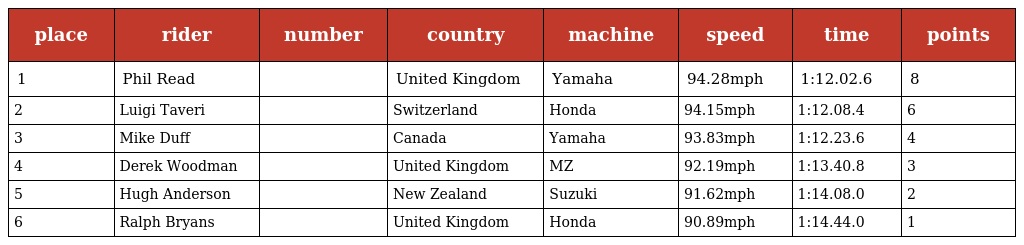
| place | rider | number | country | machine | speed | time | points |
 | --- | --- | --- | --- | --- | --- | --- | --- |
 | 1 | Phil Read |  | United Kingdom | Yamaha | 94.28mph | 1:12.02.6 | 8 |
 | 2 | Luigi Taveri |  | Switzerland | Honda | 94.15mph | 1:12.08.4 | 6 |
 | 3 | Mike Duff |  | Canada | Yamaha | 93.83mph | 1:12.23.6 | 4 |
 | 4 | Derek Woodman |  | United Kingdom | MZ | 92.19mph | 1:13.40.8 | 3 |
 | 5 | Hugh Anderson |  | New Zealand | Suzuki | 91.62mph | 1:14.08.0 | 2 |
 | 6 | Ralph Bryans |  | United Kingdom | Honda | 90.89mph | 1:14.44.0 | 1 |